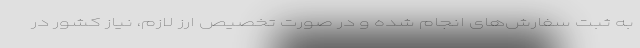
به ثبت سفارش‌های انجام شده و در صورت تخصیص ارز لازم، نیاز کشور در